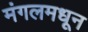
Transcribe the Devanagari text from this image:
मंगलमधून